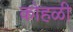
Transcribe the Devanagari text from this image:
कोहळी